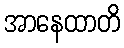
အာနေထာတိ